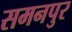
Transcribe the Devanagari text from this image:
समनपुर